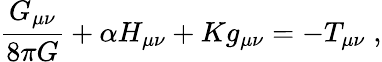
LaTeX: \frac{G_{\mu\nu}}{8\pi G}+\alpha H_{\mu\nu}+Kg_{\mu\nu}=-T_{\mu\nu}\; ,